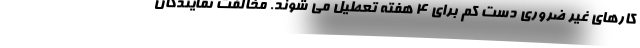
کارهای غیر ضروری دست کم برای 4 هفته تعطیل می شوند. مخالفت نمایندگان